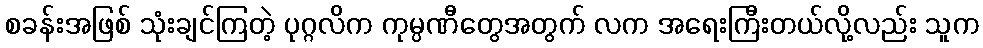
စခန်းအဖြစ် သုံးချင်ကြတဲ့ ပုဂ္ဂလိက ကုမ္ပဏီတွေအတွက် လက အရေးကြီးတယ်လို့လည်း သူက